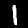
Label: 1